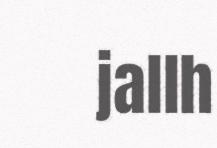
jallh